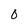
Character: O